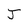
Character: J